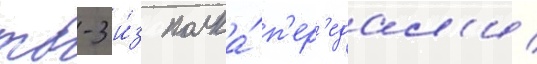
тб-3 и́з полка́ п'ер'едал'и